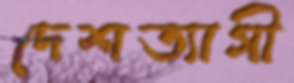
দেশত্যাগী